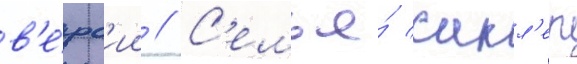
в'е́рс'ии // С'емья́ сакл'ер